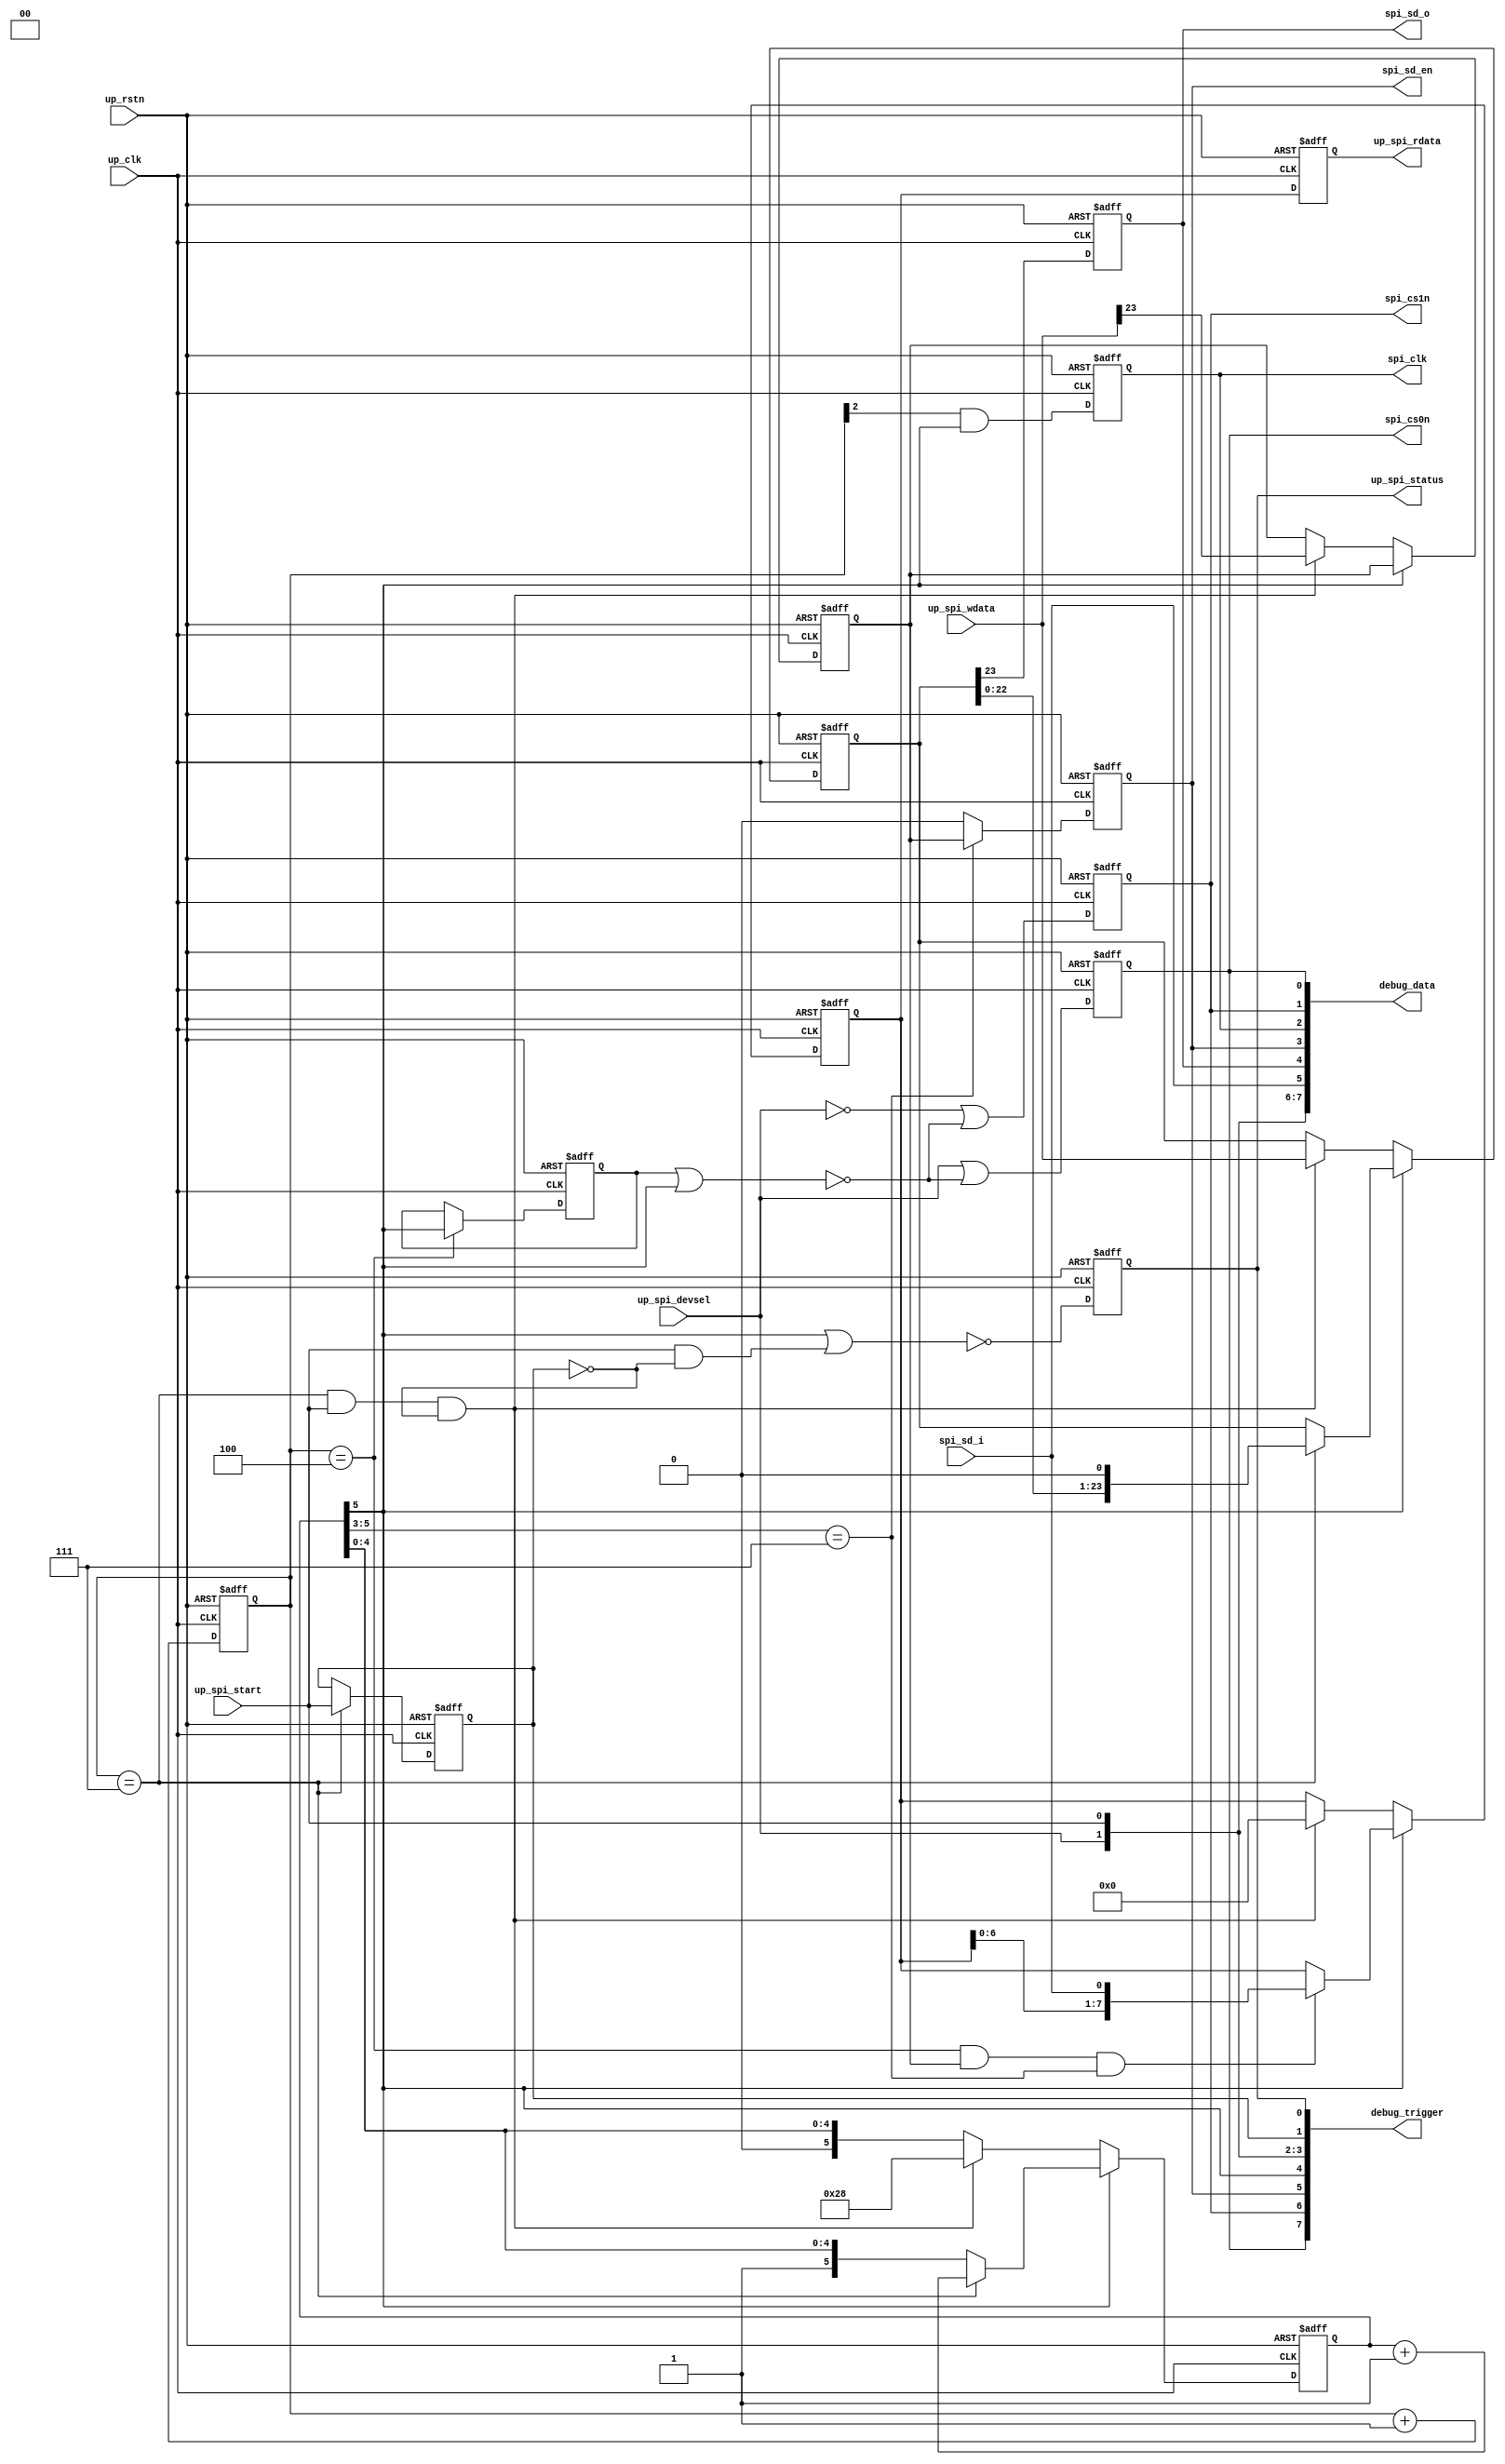
// ***************************************************************************
// ***************************************************************************
// Copyright 2011(c) Analog Devices, Inc.
// 
// All rights reserved.
// 
// Redistribution and use in source and binary forms, with or without modification,
// are permitted provided that the following conditions are met:
//     - Redistributions of source code must retain the above copyright
//       notice, this list of conditions and the following disclaimer.
//     - Redistributions in binary form must reproduce the above copyright
//       notice, this list of conditions and the following disclaimer in
//       the documentation and/or other materials provided with the
//       distribution.
//     - Neither the name of Analog Devices, Inc. nor the names of its
//       contributors may be used to endorse or promote products derived
//       from this software without specific prior written permission.
//     - The use of this software may or may not infringe the patent rights
//       of one or more patent holders.  This license does not release you
//       from the requirement that you obtain separate licenses from these
//       patent holders to use this software.
//     - Use of the software either in source or binary form, must be run
//       on or directly connected to an Analog Devices Inc. component.
//    
// THIS SOFTWARE IS PROVIDED BY ANALOG DEVICES "AS IS" AND ANY EXPRESS OR IMPLIED WARRANTIES,
// INCLUDING, BUT NOT LIMITED TO, NON-INFRINGEMENT, MERCHANTABILITY AND FITNESS FOR A
// PARTICULAR PURPOSE ARE DISCLAIMED.
//
// IN NO EVENT SHALL ANALOG DEVICES BE LIABLE FOR ANY DIRECT, INDIRECT, INCIDENTAL, SPECIAL,
// EXEMPLARY, OR CONSEQUENTIAL DAMAGES (INCLUDING, BUT NOT LIMITED TO, INTELLECTUAL PROPERTY
// RIGHTS, PROCUREMENT OF SUBSTITUTE GOODS OR SERVICES; LOSS OF USE, DATA, OR PROFITS; OR 
// BUSINESS INTERRUPTION) HOWEVER CAUSED AND ON ANY THEORY OF LIABILITY, WHETHER IN CONTRACT,
// STRICT LIABILITY, OR TORT (INCLUDING NEGLIGENCE OR OTHERWISE) ARISING IN ANY WAY OUT OF 
// THE USE OF THIS SOFTWARE, EVEN IF ADVISED OF THE POSSIBILITY OF SUCH DAMAGE.
// ***************************************************************************
// ***************************************************************************
// ***************************************************************************
// ***************************************************************************

module cf_spi (

  spi_cs0n,
  spi_cs1n,
  spi_clk,
  spi_sd_en,
  spi_sd_o,
  spi_sd_i,

  up_rstn,
  up_clk,
  up_spi_start,
  up_spi_devsel,
  up_spi_wdata,
  up_spi_rdata,
  up_spi_status,

  debug_data,
  debug_trigger);

  output          spi_cs0n;
  output          spi_cs1n;
  output          spi_clk;
  output          spi_sd_en;
  output          spi_sd_o;
  input           spi_sd_i;

  input           up_rstn;
  input           up_clk;
  input           up_spi_start;
  input           up_spi_devsel;
  input   [23:0]  up_spi_wdata;
  output  [ 7:0]  up_spi_rdata;
  output          up_spi_status;

  output  [63:0]  debug_data;
  output  [ 7:0]  debug_trigger;

  reg             spi_cs0n;
  reg             spi_cs1n;
  reg             spi_clk;
  reg             spi_sd_en;
  reg             spi_sd_o;
  reg             spi_count_5_d;
  reg     [ 2:0]  spi_clk_count;
  reg     [ 5:0]  spi_count;
  reg             spi_rwn;
  reg     [23:0]  spi_data_out;
  reg     [ 7:0]  spi_data_in;
  reg             up_spi_start_d;
  reg             up_spi_status;
  reg     [ 7:0]  up_spi_rdata;

  wire            spi_cs_en_s;

  assign debug_trigger[7] = spi_cs0n;
  assign debug_trigger[6] = spi_cs1n;
  assign debug_trigger[5] = spi_sd_en;
  assign debug_trigger[4] = spi_count[5];
  assign debug_trigger[3] = up_spi_devsel;
  assign debug_trigger[2] = up_spi_start;
  assign debug_trigger[1] = up_spi_start_d;
  assign debug_trigger[0] = up_spi_status;

  assign debug_data[63:62] = 'd0;
  assign debug_data[61:61] = spi_cs_en_s;
  assign debug_data[60:60] = up_spi_start_d;
  assign debug_data[59:52] = up_spi_rdata;
  assign debug_data[51:44] = spi_data_in;
  assign debug_data[43:20] = spi_data_out;
  assign debug_data[19:19] = spi_rwn;
  assign debug_data[18:18] = spi_count_5_d;
  assign debug_data[17:12] = spi_count;
  assign debug_data[11: 9] = spi_clk_count;
  assign debug_data[ 8: 8] = up_spi_status;
  assign debug_data[ 7: 7] = up_spi_devsel;
  assign debug_data[ 6: 6] = up_spi_start;
  assign debug_data[ 5: 5] = spi_sd_i;
  assign debug_data[ 4: 4] = spi_sd_o;
  assign debug_data[ 3: 3] = spi_sd_en;
  assign debug_data[ 2: 2] = spi_clk;
  assign debug_data[ 1: 1] = spi_cs1n;
  assign debug_data[ 0: 0] = spi_cs0n;

  assign spi_cs_en_s = spi_count_5_d | spi_count[5];

  always @(negedge up_rstn or posedge up_clk) begin
    if (up_rstn == 0) begin
      spi_cs0n <= 'd1;
      spi_cs1n <= 'd1;
      spi_clk <= 'd0;
      spi_sd_en <= 'd0;
      spi_sd_o <= 'd0;
      spi_count_5_d <= 'd0;
      spi_clk_count <= 'd0;
      spi_count <= 'd0;
      spi_rwn <= 'd0;
      spi_data_out <= 'd0;
      spi_data_in <= 'd0;
      up_spi_start_d <= 'd0;
      up_spi_status <= 'd0;
      up_spi_rdata <= 'd0;
    end else begin
      spi_cs0n <= up_spi_devsel | (~spi_cs_en_s);
      spi_cs1n <= (~up_spi_devsel) | (~spi_cs_en_s);
      spi_clk <= spi_clk_count[2] & spi_count[5];
      spi_sd_en <= (spi_count[5:3] == 3'b111) ? spi_rwn : 1'b0;
      spi_sd_o <= spi_data_out[23];
      if (spi_clk_count == 3'b100) begin
        spi_count_5_d <= spi_count[5];
      end
      spi_clk_count <= spi_clk_count + 1'b1;
      if (spi_count[5] == 1'b1) begin
        if (spi_clk_count == 3'b111) begin
          spi_count <= spi_count + 1'b1;
        end
        spi_rwn <= spi_rwn;
        if (spi_clk_count == 3'b111) begin
          spi_data_out <= {spi_data_out[22:0], 1'b0};
        end
        if ((spi_clk_count == 3'b100) && (spi_rwn == 1'b1) && (spi_count[5:3] == 3'b111)) begin
          spi_data_in <= {spi_data_in[6:0], spi_sd_i};
        end
      end else if ((spi_clk_count == 3'b111) && (up_spi_start == 1'b1) &&
        (up_spi_start_d == 1'b0)) begin
        spi_count <= 6'h28;
        spi_rwn <= up_spi_wdata[23];
        spi_data_out <= up_spi_wdata;
        spi_data_in <= 8'd0;
      end
      if (spi_clk_count == 3'b111) begin
        up_spi_start_d <= up_spi_start;
      end
      up_spi_status <= ~(spi_count[5] | (up_spi_start & ~up_spi_start_d));
      up_spi_rdata <= spi_data_in;
    end
  end

endmodule

// ***************************************************************************
// ***************************************************************************